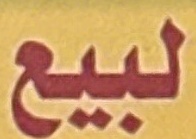
لبيع